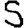
Digit: 5